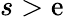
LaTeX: s>\mathrm{e}